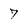
Character: 7